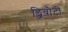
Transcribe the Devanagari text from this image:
ड्जिबौटी